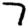
Digit: 7